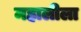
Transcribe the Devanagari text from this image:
महालीला